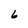
Character: 6